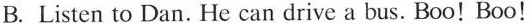
B. Listen to Dan. He can drive a bus. Boo! Boo!